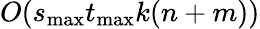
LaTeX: O(s_{\mathrm{max}}t_{\mathrm{max}}k(n+m))